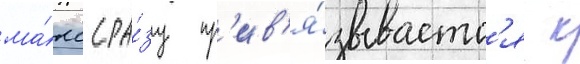
ма́кс сра́зу пр'ив'я́зываетс'я к